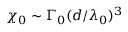
\chi _ { 0 } \sim \Gamma _ { 0 } ( d / \lambda _ { 0 } ) ^ { 3 }